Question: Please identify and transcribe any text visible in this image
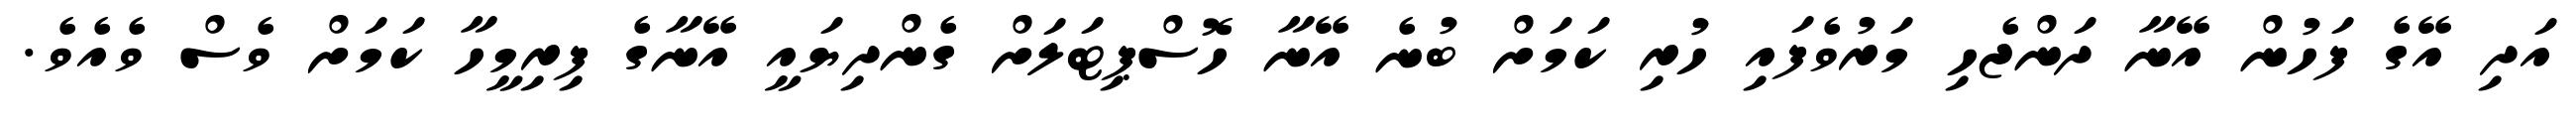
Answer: އަދި އޭގެ ފަހުން އޭނާ ދަންޖެހި މަރުވެފައި ހުރި ކަމަށް ބުނެ އޭނާ ހޮސްޕިޓަލަށް ގެންދިޔައީ އޭނާގެ ފިރިމީހާ ކަމަށް ވެސް ވެއެވެ.